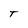
Character: T